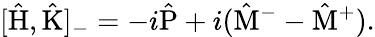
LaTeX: [\hat{\mathrm{H}},\hat{\mathrm{K}}]_{-}=-i\hat{\mathrm{P}}+i(\hat{\mathrm{M}}^{-}-\hat{\mathrm{M}}^{+}).